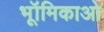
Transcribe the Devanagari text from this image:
भूॉमिकाओ